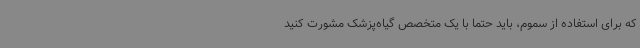
که برای استفاده از سموم، باید حتما با یک متخصص گیاه‌پزشک مشورت کنید